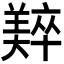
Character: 𬙼